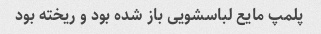
پلمپ مایع لباسشویی باز شده بود و ریخته بود